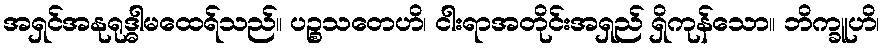
အရှင်အနုရုဒ္ဓါမထေရ်သည်။ ပဉ္စသတေဟိ၊ ငါးရာအတိုင်းအရှည် ရှိကုန်သော။ ဘိက္ခူဟိ၊